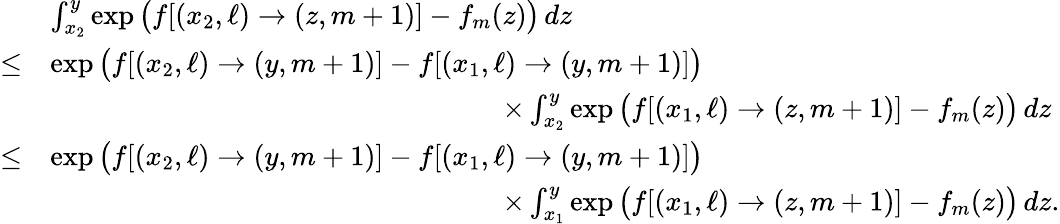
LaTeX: \begin{array}{rl}&{\int_{x_{2}}^{y}\exp\big(f[(x_{2},\ell)\to(z,m+1)]-f_{m}(z)\big)\, dz}\\ {\leq}&{\exp\big(f[(x_{2},\ell)\to(y,m+1)]-f[(x_{1},\ell)\to(y,m+1)]\big)}\\ &{\qquad\qquad\qquad\qquad\qquad\qquad\qquad\qquad\times\int_{x_{2}}^{y}\exp\big(f[(x_{1},\ell)\to(z,m+1)]-f_{m}(z)\big)\, dz}\\ {\leq}&{\exp\big(f[(x_{2},\ell)\to(y,m+1)]-f[(x_{1},\ell)\to(y,m+1)]\big)}\\ &{\qquad\qquad\qquad\qquad\qquad\qquad\qquad\qquad\times\int_{x_{1}}^{y}\exp\big(f[(x_{1},\ell)\to(z,m+1)]-f_{m}(z)\big)\, dz.}\end{array}